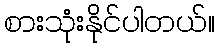
စားသုံးနိုင်ပါတယ်။